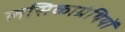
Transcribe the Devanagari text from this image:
लसिकाग्रंथियों